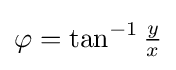
\varphi =\tan ^{-1}{\tfrac {y}{x}}